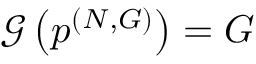
\mathcal { G } \left( \boldsymbol { p } ^ { ( N , G ) } \right) = G